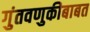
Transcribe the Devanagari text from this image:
गुंतवणुकीबाबत